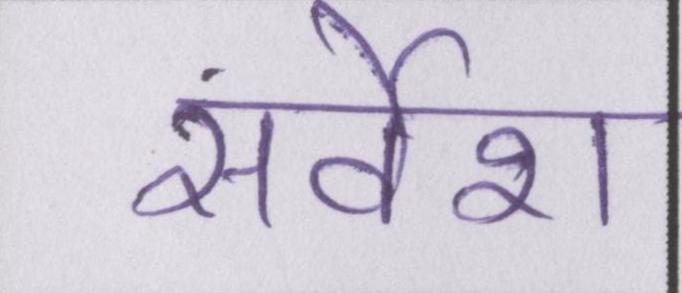
सर्वेश